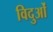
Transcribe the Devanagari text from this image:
विदुओं